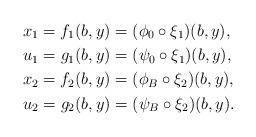
LaTeX: \begin{align*}x_1 = f_1(b,y) &= (\phi_0 \circ \xi_1)(b,y), \\u_1 = g_1(b,y) &= (\psi_0 \circ \xi_1)(b,y), \\x_2 = f_2(b,y) &= (\phi_B \circ \xi_2)(b,y), \\u_2 = g_2(b,y) &= (\psi_B \circ \xi_2)(b,y).\end{align*}